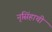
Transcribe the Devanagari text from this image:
नृसिंहाची